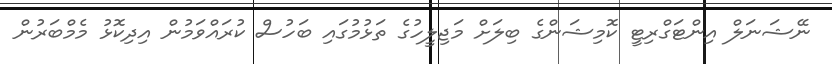
ނޭޝަނަލް އިންޓަގްރިޓީ ކޮމިޝަންގެ ބިލަށް މަޖިލީހުގެ ތަޅުމުގައި ބަހުސް ކުރައްވަމުން އިދިކޮޅު މެމްބަރުން